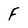
Character: f